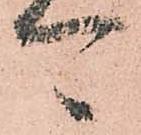
可